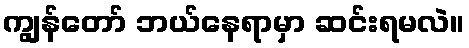
ကျွန်တော် ဘယ်နေရာမှာ ဆင်းရမလဲ။